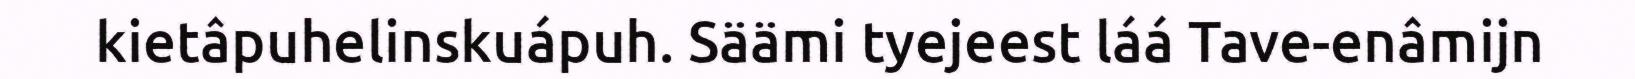
kietâpuhelinskuápuh. Säämi tyejeest láá Tave-enâmijn